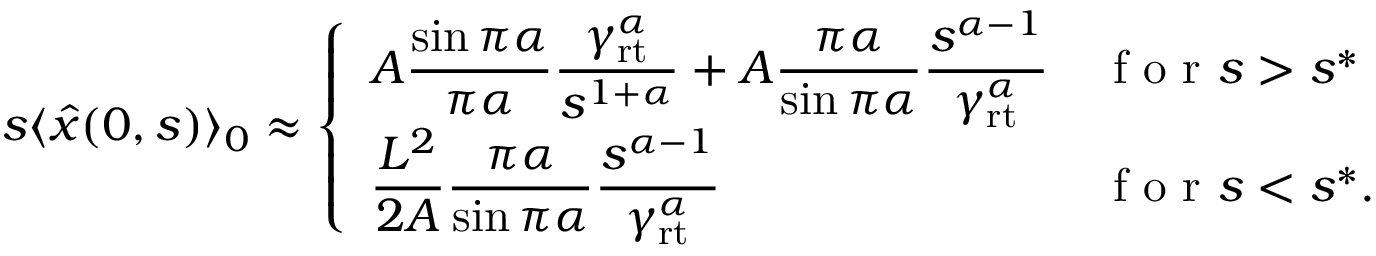
\begin{array} { r } { s \langle \hat { x } ( 0 , s ) \rangle _ { 0 } \approx \left\{ \begin{array} { l l } { \displaystyle A \frac { \sin \pi \alpha } { \pi \alpha } \frac { \gamma _ { \mathrm { r t } } ^ { \alpha } } { s ^ { 1 + \alpha } } + A \frac { \pi \alpha } { \sin \pi \alpha } \frac { s ^ { \alpha - 1 } } { \gamma _ { \mathrm { r t } } ^ { \alpha } } } & { \mathrm { ~ f ~ o ~ r ~ } s > s ^ { * } } \\ { \displaystyle \frac { L ^ { 2 } } { 2 A } \frac { \pi \alpha } { \sin \pi \alpha } \frac { s ^ { \alpha - 1 } } { \gamma _ { \mathrm { r t } } ^ { \alpha } } } & { \mathrm { ~ f ~ o ~ r ~ } s < s ^ { * } . } \end{array} \right. } \end{array}